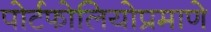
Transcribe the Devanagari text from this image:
पोर्टफोलियोप्रमाणे